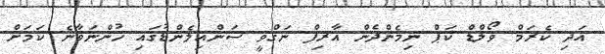
އަދި ކެރަމް ވޯލްޑް ކަޕް ނިމެންދެން އާރިފް ނަގްވީ ސަންއިލެންޑުގައި ހުންނަވާނެ ކަމަށް